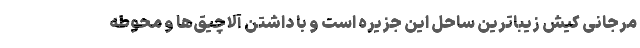
مرجانی کیش زیباترین ساحل این جزیره است و با داشتن آلاچیق‌ها و محوطه‌